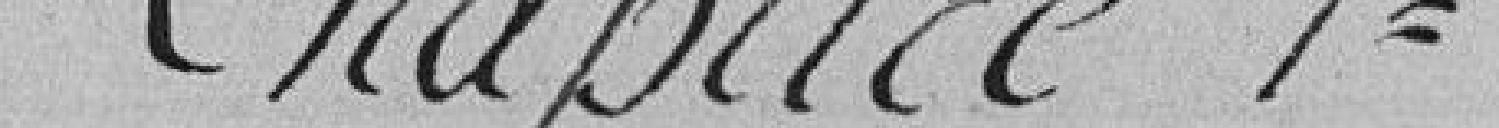
Chapitre 1er